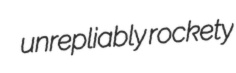
unrepliably rockety